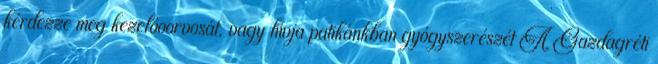
kérdezze meg kezelőoorvosát, vagy hívja patikánkban gyógyszerészét A Gazdagréti